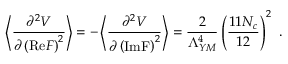
\left\langle \frac { \partial ^ { 2 } V } { \partial \left( \mathrm { R e } F \right) ^ { 2 } } \right\rangle = - \left\langle \frac { \partial ^ { 2 } V } { \partial \left( \mathrm { I m F } \right) ^ { 2 } } \right\rangle = \frac { 2 } { \Lambda _ { Y M } ^ { 4 } } \left( \frac { 1 1 N _ { c } } { 1 2 } \right) ^ { 2 } \ .